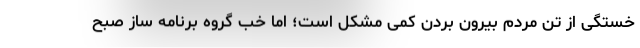
خستگی از تن مردم بیرون بردن کمی مشکل است؛ اما خب گروه برنامه ساز صبح